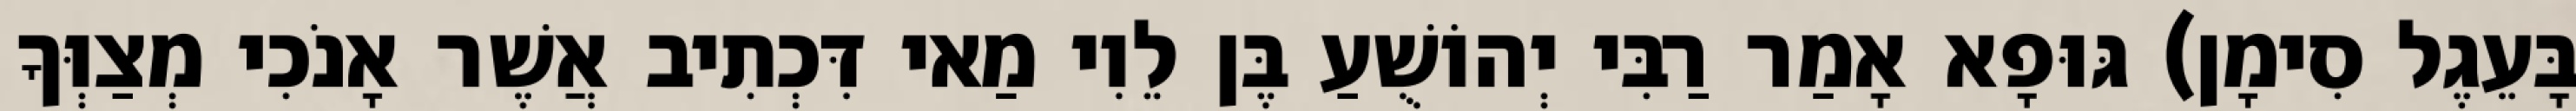
בָּעֵגֶל סִימָן) גּוּפָא אָמַר רַבִּי יְהוֹשֻׁעַ בֶּן לֵוִי מַאי דִּכְתִיב אֲשֶׁר אָנֹכִי מְצַוְּךָ